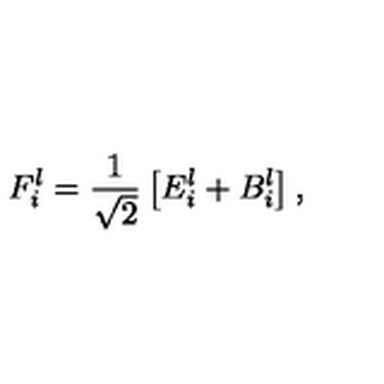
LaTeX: F _ { i } ^ { l } = \frac { 1 } { \sqrt { 2 } } \left[ E _ { i } ^ { l } + B _ { i } ^ { l } \right] ,